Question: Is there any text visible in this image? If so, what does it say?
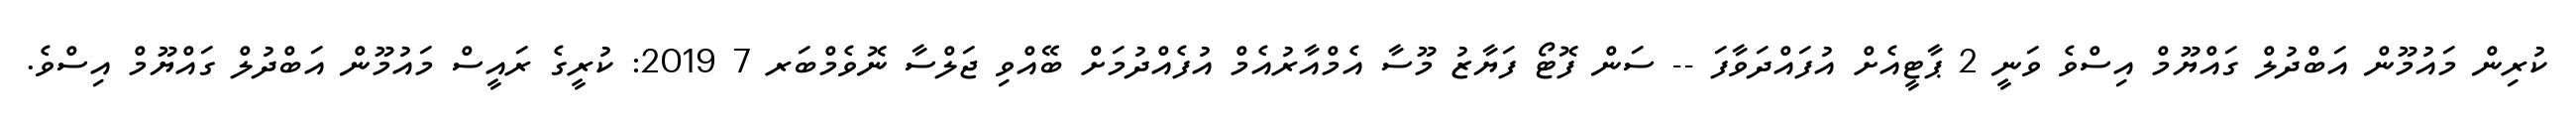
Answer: ކުރިން މައުމޫން އަބްދުލް ގައްޔޫމް އިސްވެ ވަނީ 2 ޕާޓީއެށް އުފައްދަވާފަ -- ސަން ފޮޓޯ ފަޔާޒު މޫސާ އެމްއާރުއެމް އުފެއްދުމަށް ބޭއްވި ޖަލްސާ ނޮވެމްބަރ 7 2019: ކުރީގެ ރައީސް މައުމޫން އަބްދުލް ގައްޔޫމް އިސްވެ.